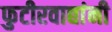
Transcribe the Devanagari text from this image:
फुटीरवाद्यांनी